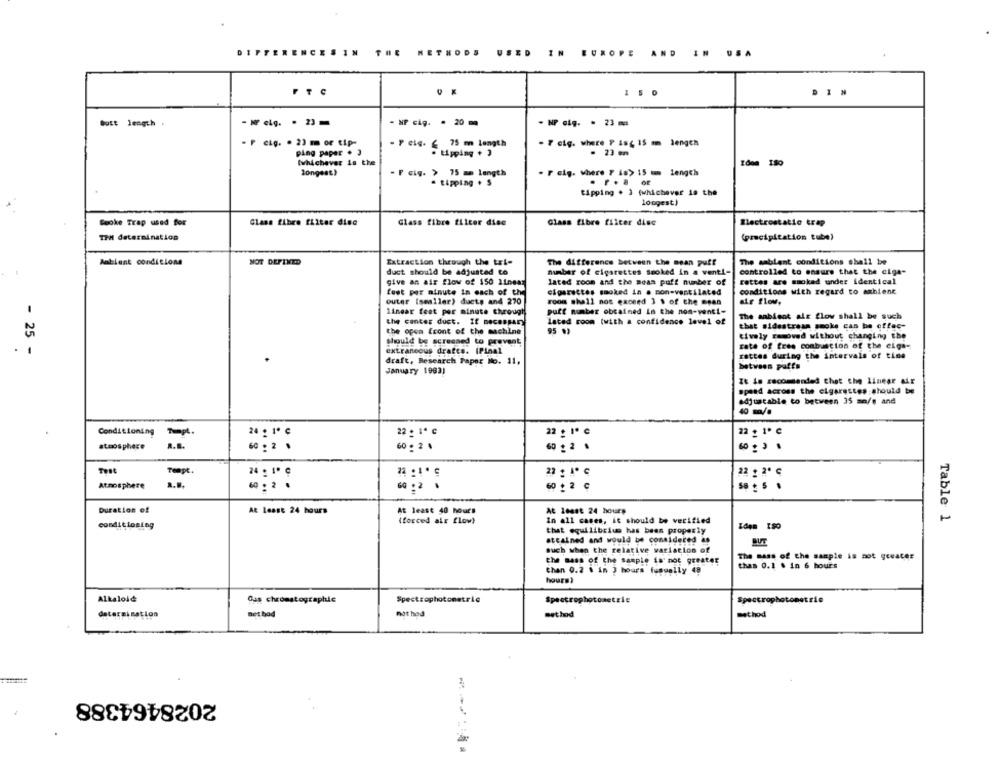
DIFFERENCESIN
METHODS
USED
IN
EUROPE AND IN USA
150
butt length .
- NP cig. . 20m
- NP cig. . 23 mc
F cig. . 23 m or tip-
75 m Length
. T cię. where P isc 15 m Jengen
ping paper . 3
tipping . 3
- 23 mm
(whichever is th
longest)
F cig. > 75 mm length
. F eig. where 7 is> 15 mm length
tipping . s
tipping . 3 (whichever is the
longest)
Glass fibre filter disc
Glass fibre filter dise
Glass fibre filter dise
Mostrostatio trap
Sooke Trap used for
TPM determination
(precipitation tube)
Extraction through the txt-
The ambient conditions shall be
Ambient conditions
NOT DEFINED
The difference between the mean puff
duct should be adjusted to
number of cigarettes smoked in a venti-
controlled to ensure that the ciga-
give an air flow of 150 11nem
lated room and the mean puff number of
rettes are smoked under identical
fest per minute in each of the
conditions with regard to ambient
cigarettes smoked in a mon-ventilated
outer [smaller) ducts and 270
room shall not exceed 3 $ of the mean
air flow.
linear feet per minute through
putt number obtained In the non-venti-
the canter duct. If necessary
lated room (with a confidence level of
The aabient air flow shall be such
that sidestress smoke can be offac-
the open front of the machine
tively removed without changing the
should be screened to prevent
rate of free combuscton of the eiga-
- 25 -
extraneous drafts. IPinal
rettes during the intervals of tine
draft, Research Paper No. 11.
between puffs
January 1993)
It is recommended that the linear air
speed across the cigarettes should be
adjustable to between 35 so/s and
40 m/.
Conditioning
24 g 1º ¢
22 : 1º C
22 . 1º ℃
atmosphere
60 . 2 .
6024
60 2 .
Tempt.
24 . 1º ℃
22 : 20 ℃
Atmosphere
60 : 2 .
60 2 ¢
Duration of
At Least 24 hours
At least 40 hours
At Least 24 hours
(forced air flow)
In all cases, it should be verified
Table 1
conditioning
that equilibrium has been properly
attained and would be considered as
BUT
such when the relative variation of
The mass of the sample is not greater
the mass of the sample is not greater
thas 0.1 . in 6 hours
then 0.2 . in 3 hours fusually 49
hours?
Alkalość:
Das chromatographie
Spectrophotometric
Spectrophotometrie
Spectrophotometrie
determination
Bet bad
not hod
method
method
2028464388
-----